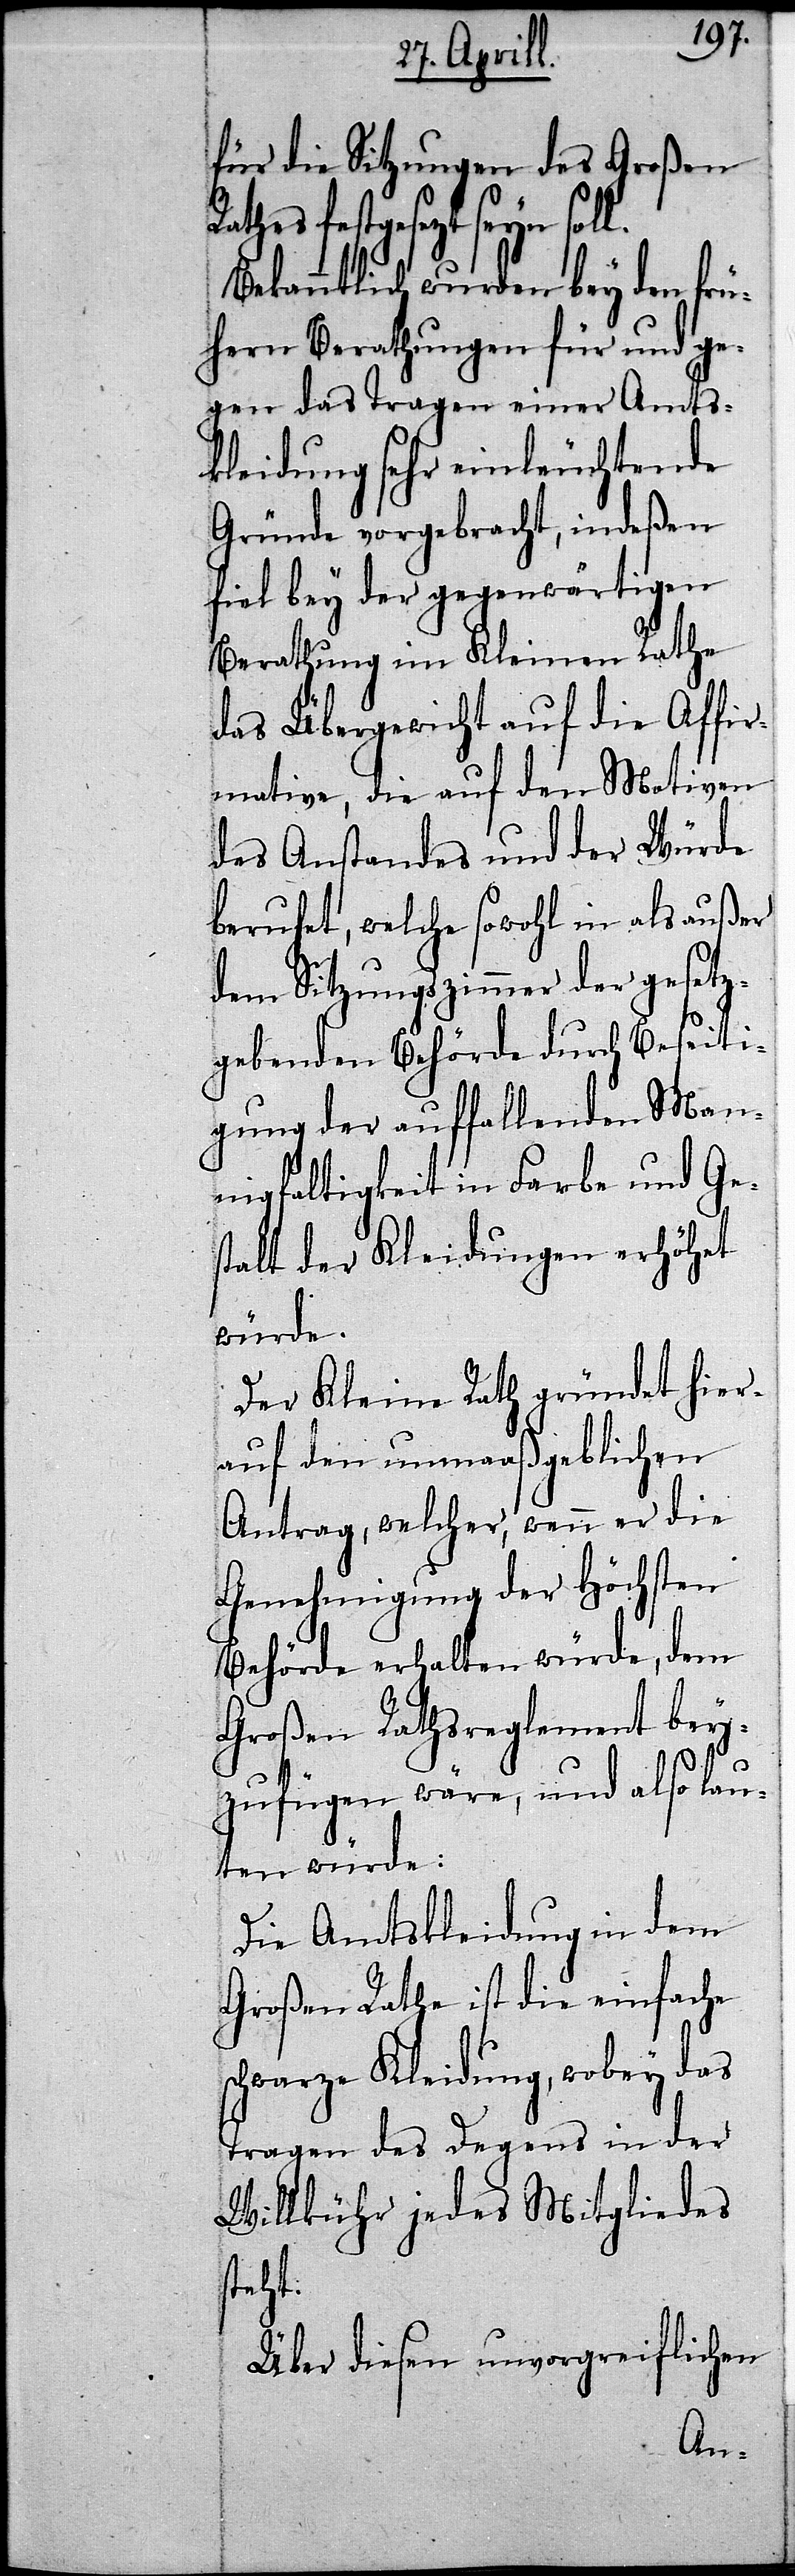
für die Sitzungen des Großen
festgesezt seyn soll.
Bekanntlich wurden bey den frü¬
hern Berathungen für und ge¬
gen das Tragen einer Amts¬
kleidung sehr einleuchtende
Gründe vorgebracht, indeßen
fiel bey der gegenwärtigen
Berathung im Kleinen Rathe
das Übergewicht auf die Affir¬
mative, die auf den Motiven
des Anstandes und der Würde
beruhet, welche sowohl in als außer
dem Sitzungszimmer der gesetz¬
gebenden Behörde durch Beseiti¬
gung der auffallenden Man¬
nigfaltigkeit in Farbe und Ge¬
stalt der Kleidungen erhöhet
würde.
Der Kleine Rath gründet hier¬
auf den unmaaßgeblichen
Antrag, welcher, wenn er die
Genehmigung der Höchsten
Behörde erhalten würde, dem
Großen Rathsreglement bey¬
zufügen wäre, und also lau¬
ten würde:
Die Amtskleidung in dem
Großen Rathe ist die einfache
schwarze Kleidung, wobey das
Tragen des Degens in der
Willkühr jedes Mitgliedes
steht.
Über diesen unvorgreiflichen